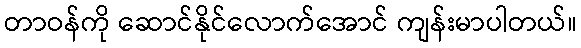
တာဝန်ကို ဆောင်နိုင်လောက်အောင် ကျန်းမာပါတယ်။